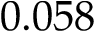
0 . 0 5 8